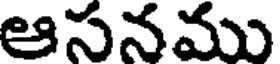
ఆసనము